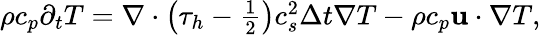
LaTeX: \begin{array}{r}{\rho{c_{p}}{\partial_{t}}T=\nabla\cdot\left({{\tau_{h}}-\frac{1}{2}}\right)c_{s}^{2}\Delta t\nabla T-\rho{c_{p}}{\mathbf{u}}\cdot\nabla T,}\end{array}